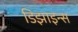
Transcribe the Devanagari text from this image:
डिझाइन्स